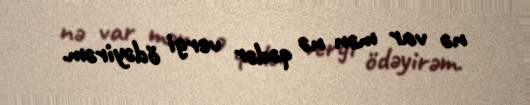
nə var mən nə qədər vergi ödəyirəm.